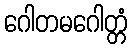
ဂေါတမဂေါတ္တံ